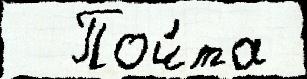
  Поч́та